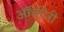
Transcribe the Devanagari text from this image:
ऑर्चटेरी